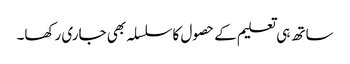
ساتھ ہی تعلیم کے حصول کاسلسلہ بھی جاری رکھا۔